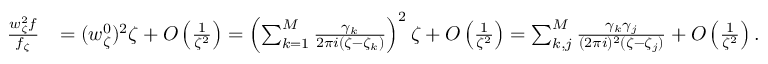
\begin{array} { r l } { \frac { w _ { \zeta } ^ { 2 } f } { f _ { \zeta } } } & { = ( w _ { \zeta } ^ { 0 } ) ^ { 2 } \zeta + O \left( \frac { 1 } { \zeta ^ { 2 } } \right) = \left( \sum _ { k = 1 } ^ { M } \frac { \gamma _ { k } } { 2 \pi i ( \zeta - \zeta _ { k } ) } \right) ^ { 2 } \zeta + O \left( \frac { 1 } { \zeta ^ { 2 } } \right) = \sum _ { k , j } ^ { M } \frac { \gamma _ { k } \gamma _ { j } } { ( 2 \pi i ) ^ { 2 } ( \zeta - \zeta _ { j } ) } + O \left( \frac { 1 } { \zeta ^ { 2 } } \right) . } \end{array}